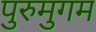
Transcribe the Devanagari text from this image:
पुरुमुगम